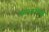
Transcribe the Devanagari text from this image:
स्‍तंभालेख